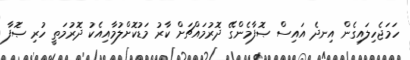
ހަމަޖެހިލައިގެން އިނދެ އައިސް ޞޮފާމެންގޭ ދޮރުމައްޗަށް ކާރު މަޑުކޮށްލުމާއިއެކު ދޮރުމަތީ ހުރި ޞޮފާ